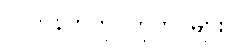
လက်နက်ကိုင်တိုက်ပွဲများ